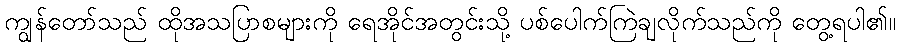
ကျွန်တော်သည် ထိုအသပြာစများကို ရေအိုင်အတွင်းသို့ ပစ်ပေါက်ကြဲချလိုက်သည်ကို တွေ့ရပါ၏။